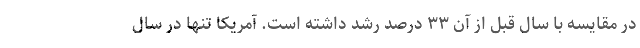
در مقایسه با سال قبل از آن ۳۳ درصد رشد داشته است. آمریکا تنها در سال